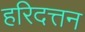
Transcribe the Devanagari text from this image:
हरिदत्तन